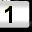
Digit: 1